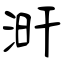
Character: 涆